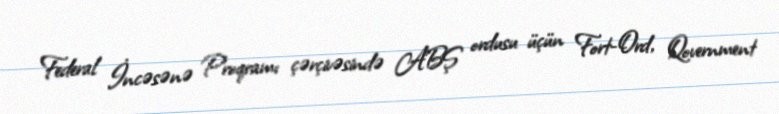
Federal İncəsənə Proqramı çərçivəsində ABŞ ordusu üçün Fort-Ord, Qovernment